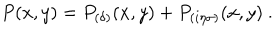
P ( x , y ) = P _ { ( \delta ) } ( x , y ) + P _ { ( i \eta \sigma ) } ( x , y ) ~ .